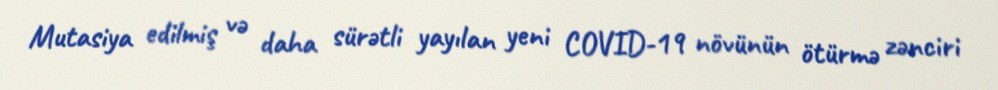
Mutasiya edilmiş və daha sürətli yayılan yeni COVID-19 növünün ötürmə zənciri